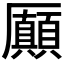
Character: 𠫉